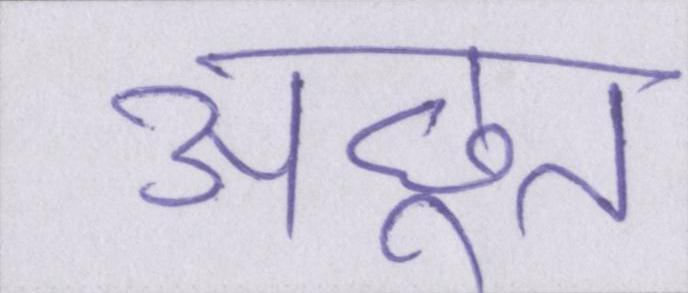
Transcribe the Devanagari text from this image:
अछूत